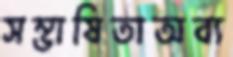
সম্ভাষিতাঅব্য